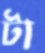
টা